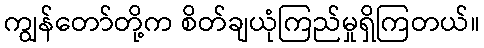
ကျွန်တော်တို့က စိတ်ချယုံကြည်မှုရှိကြတယ်။